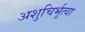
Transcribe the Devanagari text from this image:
अशुचिर्भूत्वा